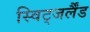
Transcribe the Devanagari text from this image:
स्विट्जर्लैंड